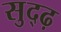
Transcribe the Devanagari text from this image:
सुद्ढ़